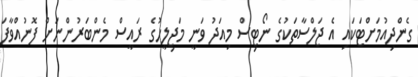
ގެންދިއުމަށްޓަކައި އެ ޖަލްސާތަކުގެ ނޯޓިސް މިއަދު ވަނީ މަޖިލީހުގެ ރައީސް މެންބަރުންނަށް ފޮނުއްވާފަ